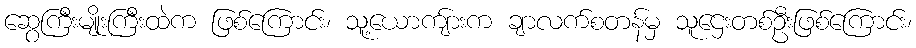
ဆွေကြီးမျိုးကြီးထဲက ဖြစ်ကြောင်း၊ သူ့ယောကျ်ားက ချာလက်စတန်မှ သူဌေးတစ်ဦးဖြစ်ကြောင်း၊